Lunatic asylums United Provinces 1899-1908 - 1899-1908
Year: 1899
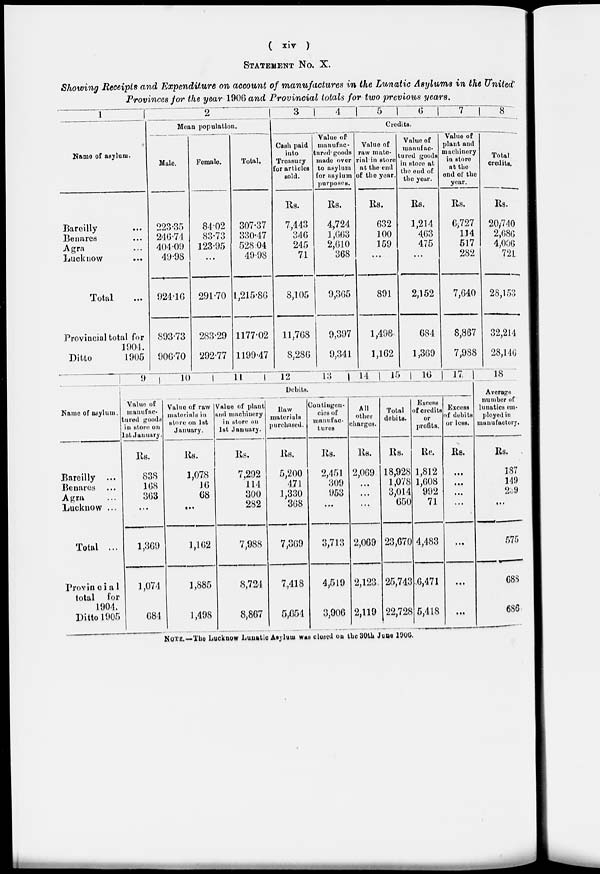
( xiv )
STATEMENT No. X.
Showing Receipts and Expenditure on account of manufactures in the Lunatic Asylums in the United
Provinces for the year 1906 and Provincial totals for two previous years.
1
Name of asylum.
Bareilly
Benares
Agra
Lucknow
Total
Provincial total for
1904.
Ditto
1905
2
Mean population.
Male.
223.35
246.74
404.09
49.98
924.16
893.73
906.70
Female.
84.02
83.73
123.95
...
291.70
283.29
292.77
Total.
307.37
330.47
528.04
49.98
l,215.86
1177.02
1199.47
3
4
5
6
7
8
Credits.
Cash paid
into
Treasury
for articles
sold.
Rs.
7,443
346
245
71
8,105
11,768
8,286
Value of
manufac-
tured goods
made over
to asylum
for asylum
purposes.
Rs.
4,724
1,663
2,610
368
9,365
9,397
9,341
Value of
raw mate-
rial in store
at the end
of the year.
Rs.
632
100
159
...
891
1,498
1,162
Value of
manufac-
tured goods
in store at.
the end of
the year.
Rs.
1,214
463
475
...
2,152
684
1,369
Value of
plant and
machinery
in store
at the
end of the
year.
Rs.
6,727
114
517
282
7,640
8,867
7,988
Total
credits.
Rs.
20,740
2,686
4,006
721
28,153
32,214
28,146
Name of asylum.
Bareilly ...
Benares ...
Agra ...
Lucknow ...
Total ...
Provincia1
total for
1904.
Ditto 1905
9
10
11
12
13
14
15
16
17
Debits.
Value of
munufact ured goods
in store on
1st January.
Rs.
838
168
363
...
1,369
1,074
684
Value of raw
materials in
store on 1st
January.
Rs.
1,078
10
68
...
1,102
1,885
1,498
Value of plant
and machinery
in store on
1st January.
Rs.
7,292
114
300
282
7,988
8,724
8,867
Raw
materials
purchased.
Rs.
5,200
471
1,330
368
7,309
7,418
5,654
Contingen-
cies of
manufac-
tures
Rs.
2,451
309
953
...
3,713
4,519
3,906
All
other
charges.
Rs.
2,069
...
...
...
2,069
2,123
2,119
Total
debits.
Rs.
18,928
1,078
3,014
650
23,670
25,743
22,728
Excess
of credits
or
profits.
Rs.
1,812
1,608
992
71
4,483
6,471
5,418
Excess
of debits
or loss.
Rs.
...
...
...
...
...
...
...
18
Average
number of
lunatics em-
ployed in
manufactory.
Rs.
187
149
239
...
575
688
686
NOTE.—The Lucknow Lunatic Asylum was closed on the 30th June 1906.